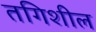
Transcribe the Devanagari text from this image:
तगिशील